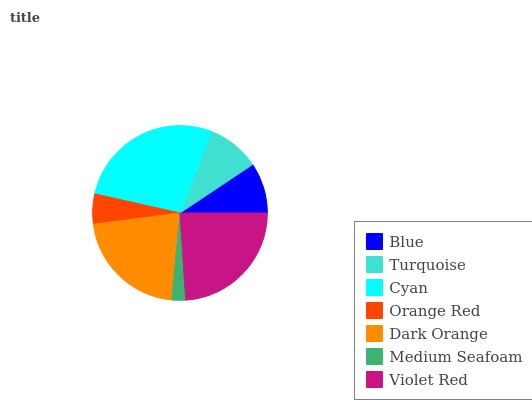
| Blue | Turquoise | Cyan | Orange Red | Dark Orange | Medium Seafoam | Violet Red |
 | --- | --- | --- | --- | --- | --- | --- |
 | 9.36% | 9.74% | 27.3% | 5.56% | 21.5% | 2.53% | 24% |